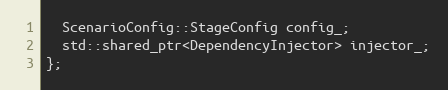
Language: C++
  ScenarioConfig::StageConfig config_;
  std::shared_ptr<DependencyInjector> injector_;
};